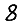
Digit: 8